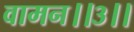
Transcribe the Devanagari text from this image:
वामन।।३।।